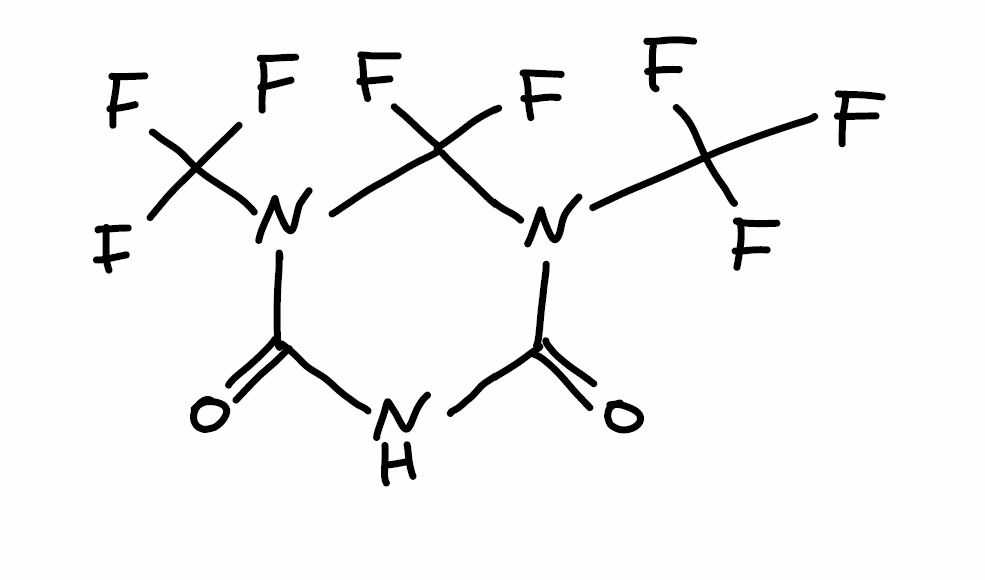
Simplified molecular-input line-entry system (SMILES) notation of the given molecule:
C1(=O)NC(=O)N(C(N1C(F)(F)F)(F)F)C(F)(F)F